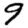
Digit: 9